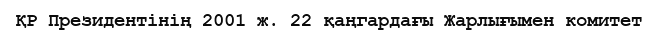
ҚР Президентінің 2001 ж. 22 қаңгардағы Жарлығымен комитет